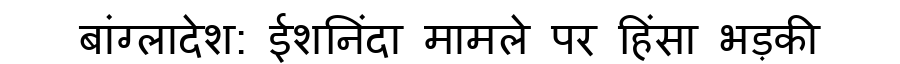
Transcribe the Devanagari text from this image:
बांग्लादेश: ईशनिंदा मामले पर हिंसा भड़की